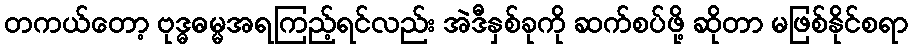
တကယ်တော့ ဗုဒ္ဓဓမ္မအရကြည့်ရင်လည်း အဲဒီနှစ်ခုကို ဆက်စပ်ဖို့ ဆိုတာ မဖြစ်နိုင်စရာ